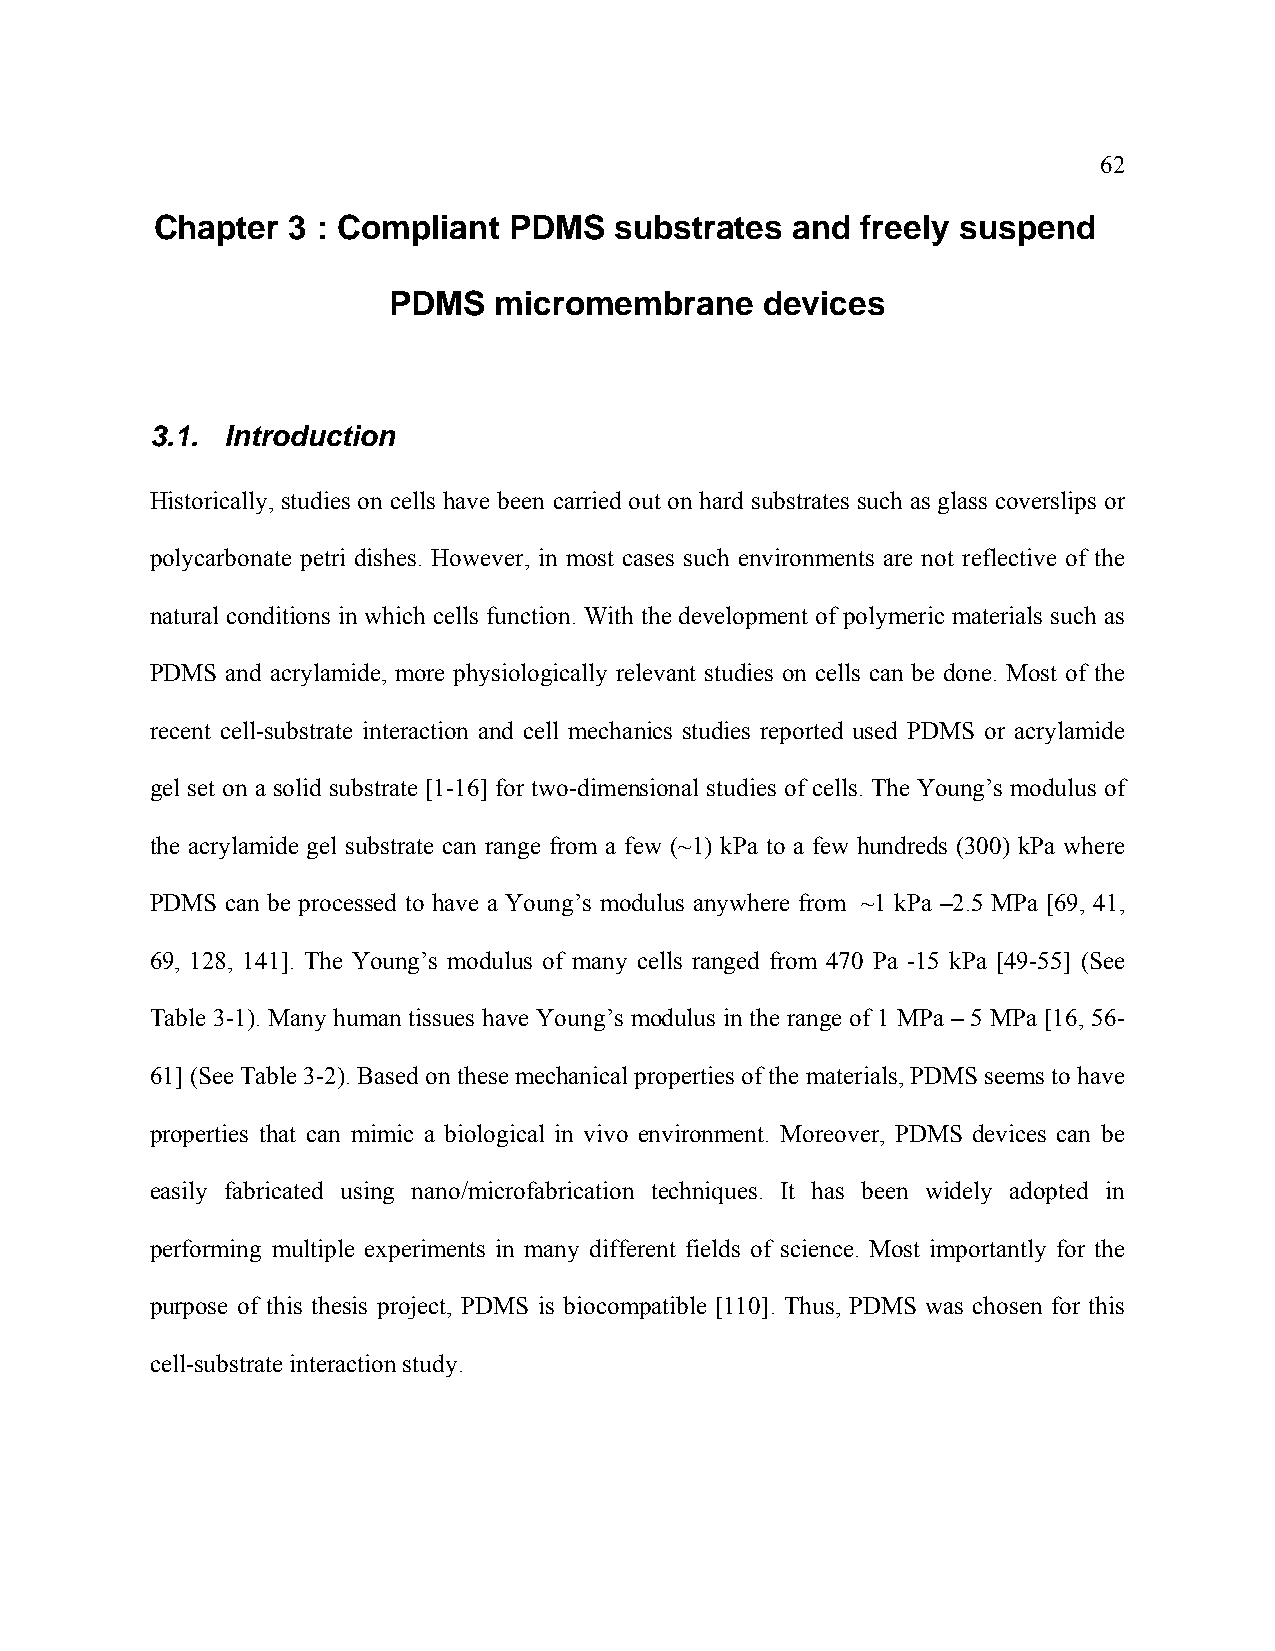
62
 Chapter  3 : Compliant  PDMS   substrates and  freely suspend
 PDMS   micromembrane     devices
 3.1. Introduction
 Historically, studies on cells have been carried out on hard substrates such as glass coverslips or
 polycarbonate petri dishes. However, in most cases such environments are not reflective of the
 natural conditions in which cells function. With the development of polymeric materials such as
 PDMS and acrylamide, more physiologically relevant studies on cells can be done. Most of the
 recent cell-substrate interaction and cell mechanics studies reported used PDMS or acrylamide
 gel set on a solid substrate [1-16] for two-dimensional studies of cells. The Young’s modulus of
 the acrylamide gel substrate can range from a few (~1) kPa to a few hundreds (300) kPa where
 PDMS can be processed to have a Young’s modulus anywhere from ~1 kPa –2.5 MPa [69, 41,
 69, 128, 141]. The Young’s modulus of many cells ranged from 470 Pa -15 kPa [49-55] (See
 Table 3-1). Many human tissues have Young’s modulus in the range of 1 MPa – 5 MPa [16, 56-
 61] (See Table 3-2). Based on these mechanical properties of the materials, PDMS seems to have
 properties that can mimic a biological in vivo environment. Moreover, PDMS devices can be
 easily fabricated using nano/microfabrication techniques. It has been widely adopted in
 performing multiple experiments in many different fields of science. Most importantly for the
 purpose of this thesis project, PDMS is biocompatible [110]. Thus, PDMS was chosen for this
 cell-substrate interaction study.